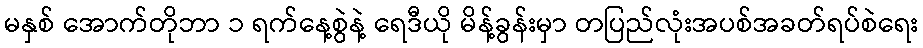
မနှစ် အောက်တိုဘာ ၁ ရက်နေ့စွဲနဲ့ ရေဒီယို မိန့်ခွန်းမှာ တပြည်လုံးအပစ်အခတ်ရပ်စဲရေး